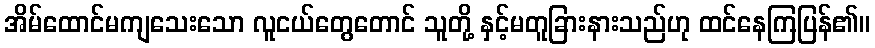
အိမ်ထောင်မကျသေးသော လူငယ်တွေတောင် သူတို့ နှင့်မတူခြားနားသည်ဟု ထင်နေကြပြန်၏။